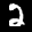
Label: 2